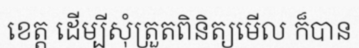
ខេត្ត ដើម្បីសុំត្រួតពិនិត្យមើល ក៏បាន